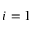
i = 1